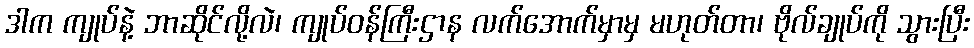
ဒါက ကျုပ်နဲ့ ဘာဆိုင်လို့လဲ၊ ကျုပ်ဝန်ကြီးဌာန လက်အောက်မှာမှ မဟုတ်တာ၊ ဗိုလ်ချုပ်ကို သွားပြီး